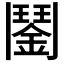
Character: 𩰔